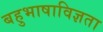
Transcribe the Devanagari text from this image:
बहुभाषाविज्ञता